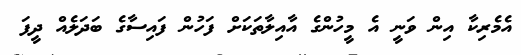
އެމެރިކާ އިން ވަނީ އެ މީހުންގެ އާއިލާތަކަށް ފަހުން ފައިސާގެ ބަދަލެއް ދީފަ